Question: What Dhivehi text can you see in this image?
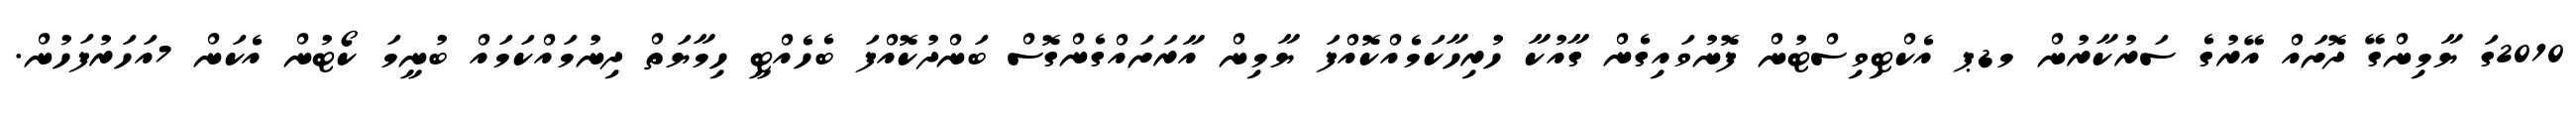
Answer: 2010ގަ ޔާމިންގޭ ދޮށައް އޭރުގެ ސަރުކާރުން މޑޕ އެކްޓިވިސްޓުން ފޮނުވައިގެން ގާއުކާ ހުރިހާކަމެއްކޮއްފަ ޔާމިން އާރަށައްގެންގޮސް ބަންދުކޮއްފަ ބެހެއްޓީ ހިމާޔަތް ދިނުމައްކަމައް ބުނީމަ ކޯޓުން އެކަން 7އަހަރުފަހުން.